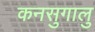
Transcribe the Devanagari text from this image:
कनसुगालु